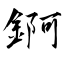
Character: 錒